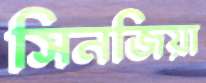
সিনজিয়া